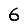
Digit: 6